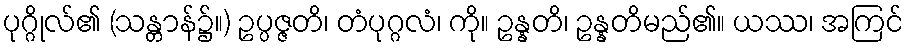
ပုဂ္ဂိုလ်၏ (သန္တာန်၌။) ဥပ္ပဇ္ဇတိ၊ တံပုဂ္ဂလံ၊ ကို။ ဥန္နတိ၊ ဥန္နတိမည်၏။ ယဿ၊ အကြင်